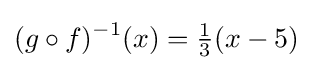
(g\circ f)^{-1}(x)={\tfrac {1}{3}}(x-5)